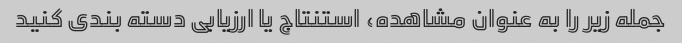
جمله زیر را به عنوان مشاهده، استنتاج یا ارزیابی دسته بندی کنید